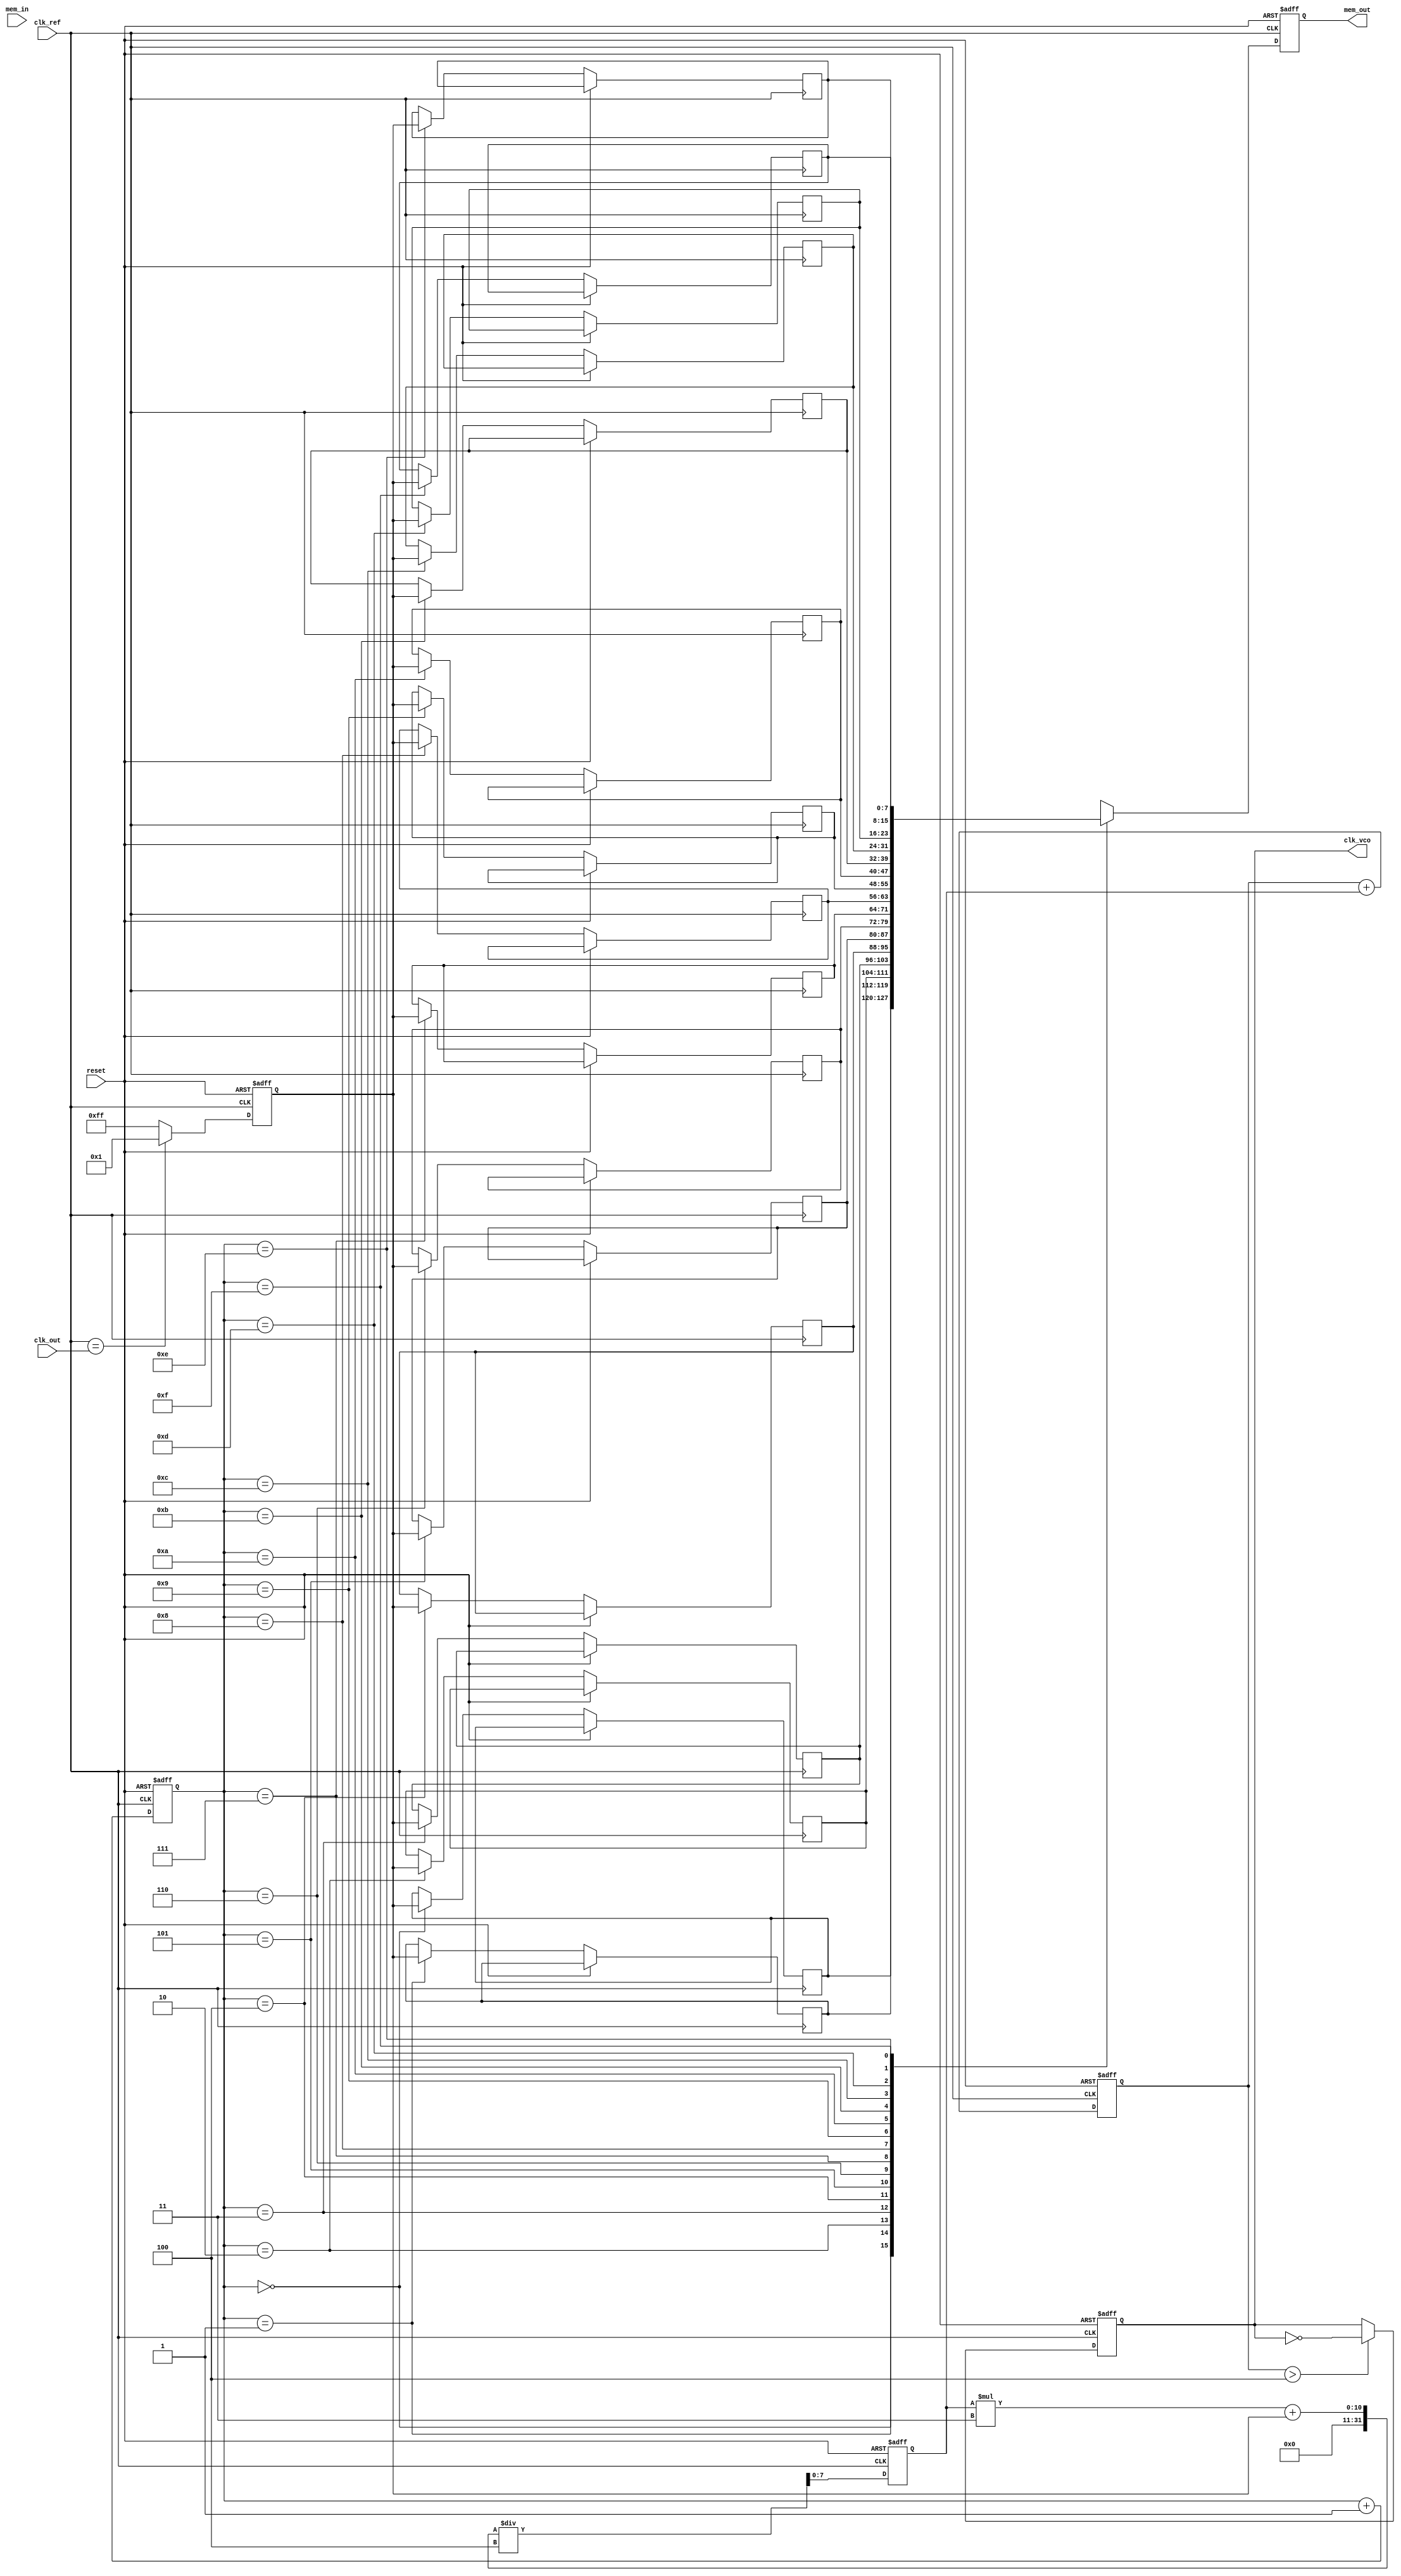
module dpll (
    input wire clk_ref,        // Reference clock
    input wire clk_out,        // Output clock (feedback)
    input wire reset,          // Reset signal
    input wire [7:0] mem_in,   // Input to memory block
    output reg clk_vco,        // VCO output clock
    output reg [7:0] mem_out    // Output from memory block
);

// Parameters
parameter PHASE_WIDTH = 8;    // Width of phase error signal
parameter FILTER_COEFF = 4;    // Loop filter coefficient
parameter VCO_TUNING_RANGE = 4; // VCO tuning range

// Internal signals
reg [PHASE_WIDTH-1:0] phase_error; // Phase error signal
reg [PHASE_WIDTH-1:0] filtered_error; // Filtered phase error
reg [PHASE_WIDTH-1:0] vco_control; // Control signal for VCO
reg [7:0] memory [0:15]; // Memory block for phase information
reg [3:0] mem_addr; // Memory address pointer

// Phase Detector
always @(posedge clk_ref or posedge reset) begin
    if (reset) begin
        phase_error <= 0;
    end else begin
        // Simple phase detector logic (1-bit comparison)
        phase_error <= (clk_ref == clk_out) ? 1 : -1; // Example logic
    end
end

// Loop Filter
always @(posedge clk_ref or posedge reset) begin
    if (reset) begin
        filtered_error <= 0;
    end else begin
        // Simple low-pass filter
        filtered_error <= (filtered_error * (FILTER_COEFF - 1) + phase_error) / FILTER_COEFF;
    end
end

// VCO
always @(posedge clk_ref or posedge reset) begin
    if (reset) begin
        vco_control <= 0;
        clk_vco <= 0;
    end else begin
        // Adjust VCO control signal based on filtered error
        vco_control <= vco_control + filtered_error;
        
        // Generate VCO output clock (simple toggle based on control)
        if (vco_control > VCO_TUNING_RANGE) begin
            clk_vco <= ~clk_vco; // Toggle clock based on control signal
        end
    end
end

// Memory Block
always @(posedge clk_ref or posedge reset) begin
    if (reset) begin
        mem_addr <= 0;
        mem_out <= 0;
    end else begin
        // Store phase error in memory
        memory[mem_addr] <= phase_error[7:0]; // Store lower 8 bits of phase error
        mem_out <= memory[mem_addr]; // Output current memory value
        mem_addr <= mem_addr + 1; // Increment memory address
    end
end

endmodule